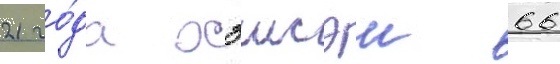
21 го́да хэисэи 66